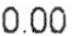
0.00